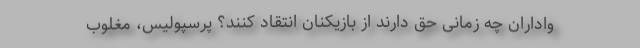
واداران چه زمانی حق دارند از بازیکنان انتقاد کنند؟ پرسپولیس، مغلوب